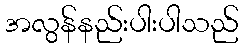
အလွန်နည်းပါးပါသည်